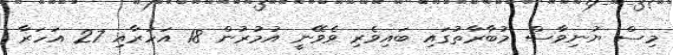
މިސް ޔުނިވާސް މުބާރާތުގައި ބައިވެރި ވެވޭނީ އުމުރުން 18 އަހަރާއި 27 އަހަރާ